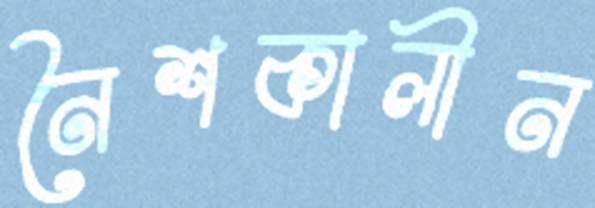
নৈশকালীন